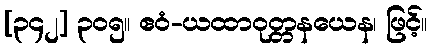
[၃၄၂] ၃၀၅။ ဧဝံ-ယထာဝုတ္တနယေန၊ ဖြင့်။